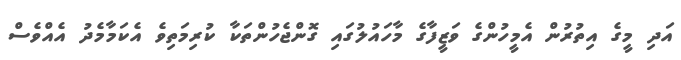
އަދި މީގެ އިތުރުން އެމީހުންގެ ވަޒީފާގެ މާހައުލުގައި ގޮންޖެހުންތަކާ ކުރިމަތިވެ އެކަމާމެދު އެއްވެސް